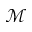
\mathcal { M }